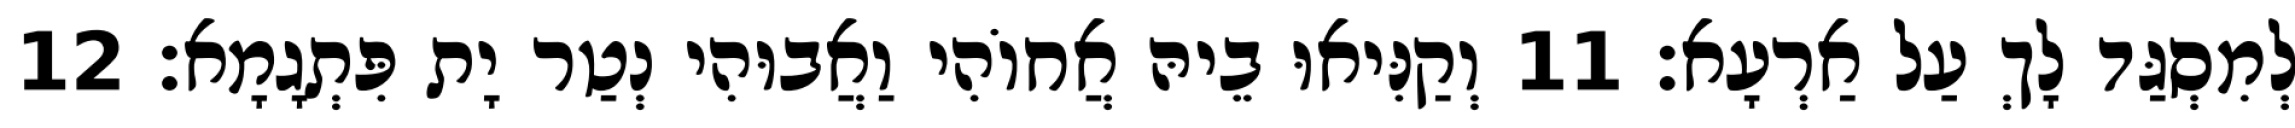
לְמִסְגַּד לָךְ עַל אַרְעָא׃ 11 וְקַנִּיאוּ בֵיהּ אֲחוֹהִי וַאֲבוּהִי נְטַר יָת פִּתְגָמָא׃ 12